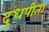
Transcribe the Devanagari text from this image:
दूधपीता